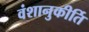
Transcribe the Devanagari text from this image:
वंशानुकीर्ति